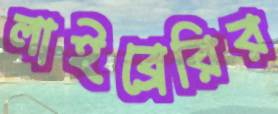
লাইব্রেরির